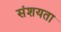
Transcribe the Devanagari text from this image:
संशयता